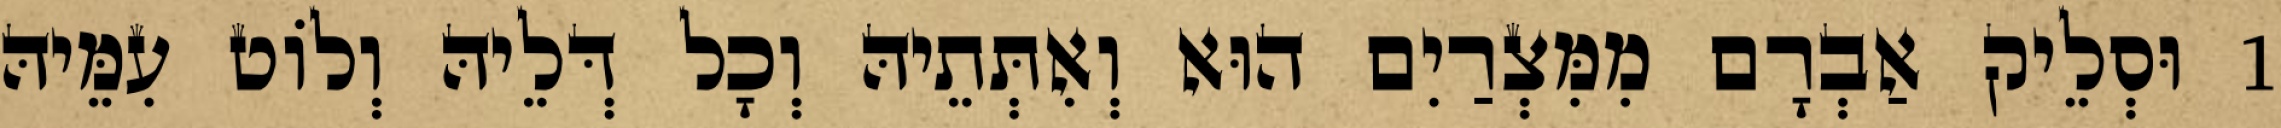
1 וּסְלֵיק אַבְרָם מִמִּצְרַיִם הוּא וְאִתְּתֵיהּ וְכָל דְּלֵיהּ וְלוֹט עִמֵּיהּ